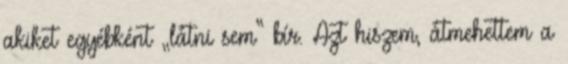
akiket egyébként „látni sem” bír. Azt hiszem, át­me­het­tem a